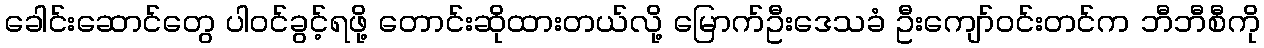
ခေါင်းဆောင်တွေ ပါဝင်ခွင့်ရဖို့ တောင်းဆိုထားတယ်လို့ မြောက်ဦးဒေသခံ ဦးကျော်ဝင်းတင်က ဘီဘီစီကို